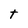
Character: t